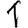
Digit: 1